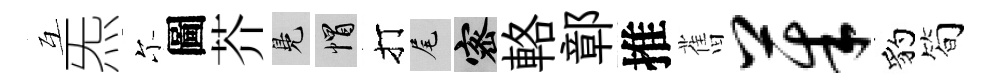
互炁尓圖芥鳬帽打尾密輅鄣推𦾔茱豹简